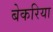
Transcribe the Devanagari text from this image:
बेकरिया